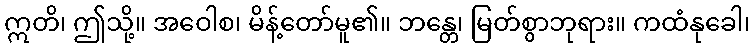
ဣတိ၊ ဤသို့။ အဝေါစ၊ မိန့်တော်မူ၏။ ဘန္တေ၊ မြတ်စွာဘုရား။ ကထံနုခေါ၊